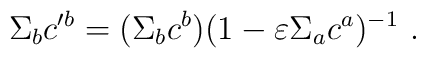
\Sigma_b c'^{b} = (\Sigma_{b} c^{b}) (1-\varepsilon \Sigma_{a}c^{a})^{-1}~.